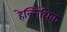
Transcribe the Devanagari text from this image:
हेल्मिंथिक